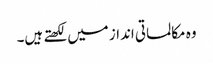
وہ مکالماتی انداز میں لکھتے ہیں۔